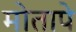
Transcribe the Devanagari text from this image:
मोतापे